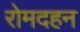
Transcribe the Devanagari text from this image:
रोमदहन